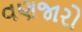
વણજારો